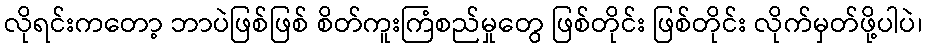
လိုရင်းကတော့ ဘာပဲဖြစ်ဖြစ် စိတ်ကူးကြံစည်မှုတွေ ဖြစ်တိုင်း ဖြစ်တိုင်း လိုက်မှတ်ဖို့ပါပဲ၊